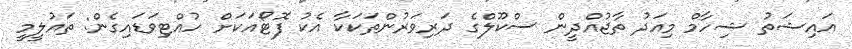
އައިޝަތު ޝިހާމް މިއަދު ތާޖުއްދީން ސްކޫލްގެ ދަރިވަރުންތަކަކާ އެކު ފޮޓޯއަކަށް ހުއްޓިވަޑައިގެން: ތައުލީމީ